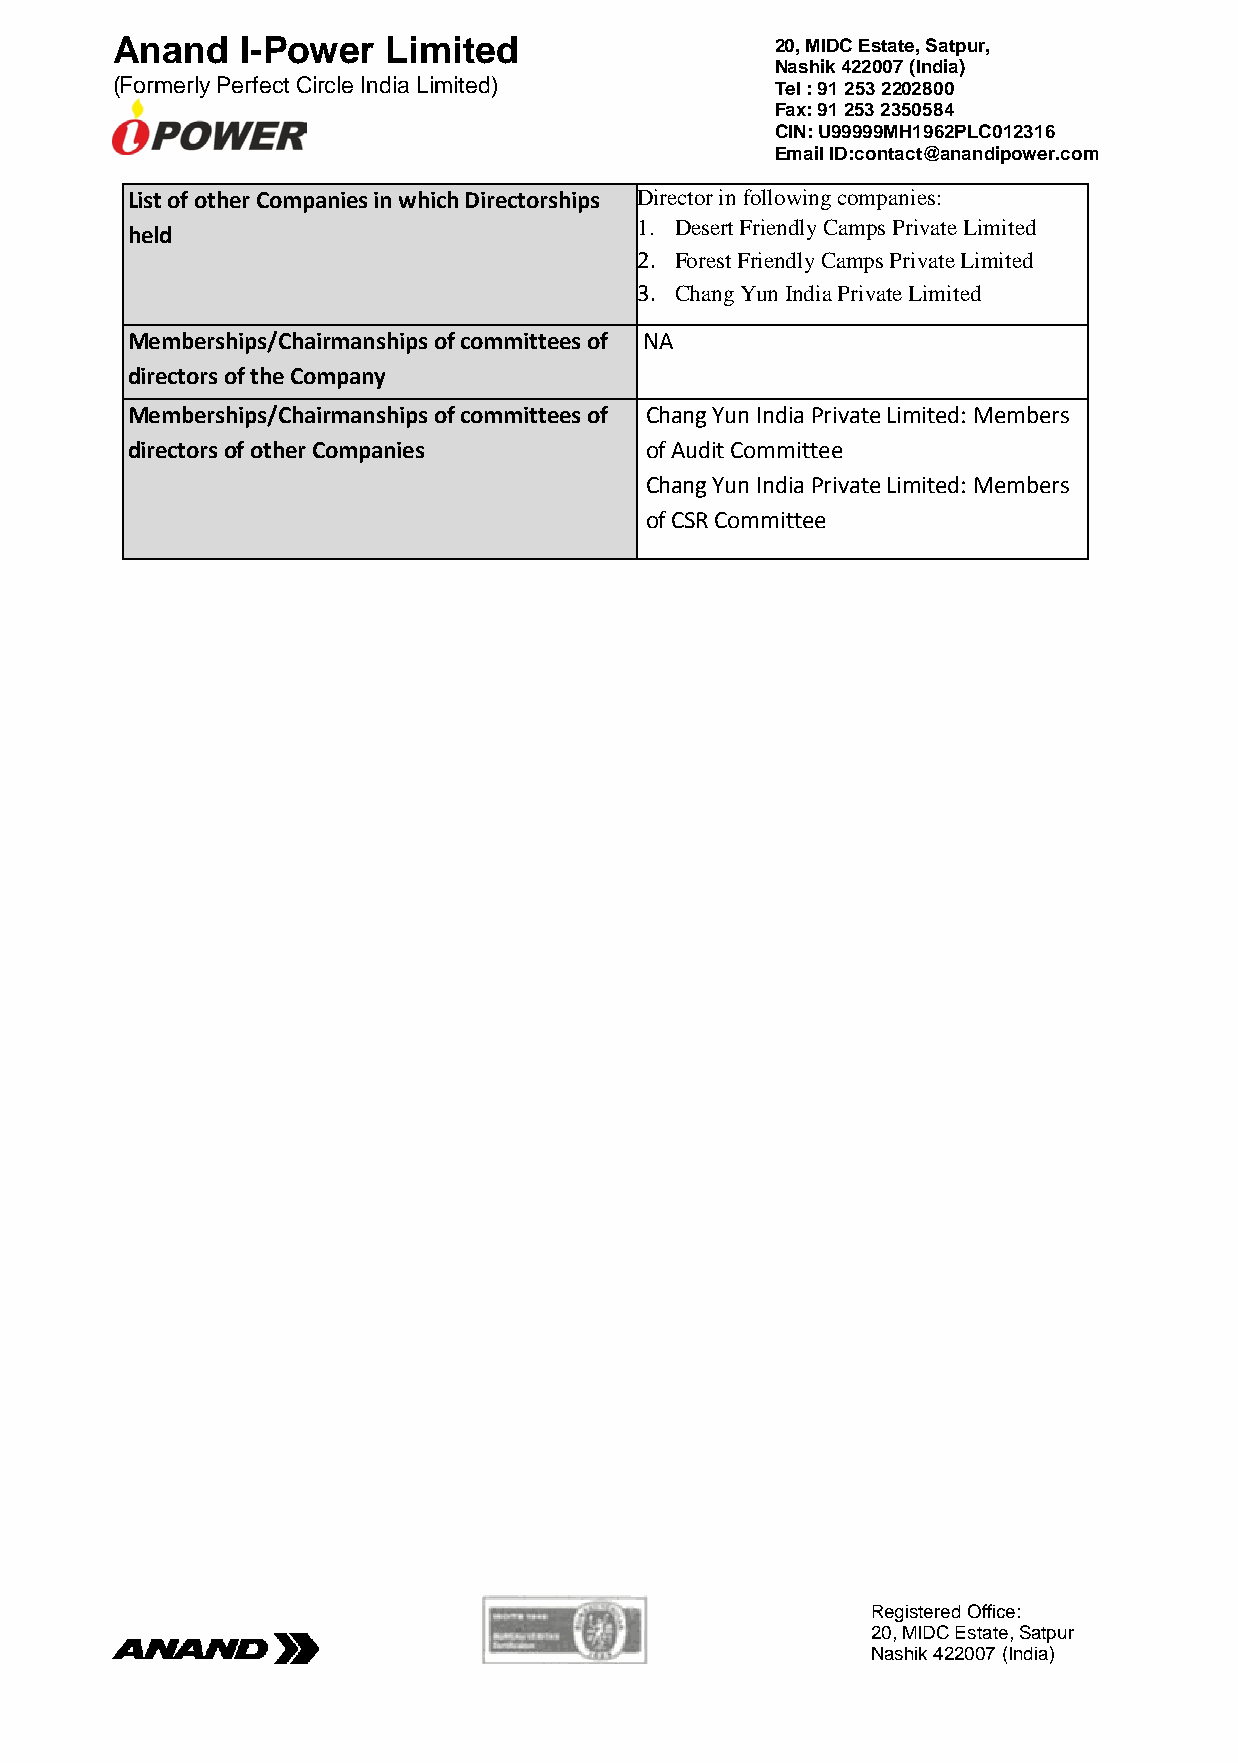
Anand    I-Power   Limited                  20, MIDC Estate, Satpur,
 Nashik 422007 (India)
 (Formerly Perfect Circle India Limited)     Tel : 91 253 2202800
 Fax: 91 253 2350584
 CIN: U99999MH1962PLC012316
 Email ID:contact@anandipower.com
 List of other Companies in which Directorships Director in following companies:
 held
 1. Desert Friendly Camps Private Limited
 2. Forest Friendly Camps Private Limited
 3. Chang Yun India Private Limited
 Memberships/Chairmanships of committees of NA
 directors of the Company
 Memberships/Chairmanships of committees of Chang Yun India Private Limited: Members
 directors of other Companies       of Audit Committee
 Chang Yun India Private Limited: Members
 of CSR Committee
 Registered Office:
 20, MIDC Estate, Satpur
 N a shik 422007 (India)